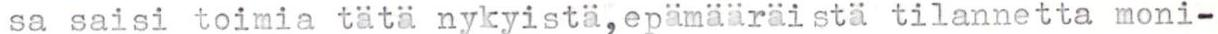
sa saisi toimia tätä nykyistä,epämääräistä tilannetta moni-